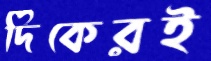
দিকেরই